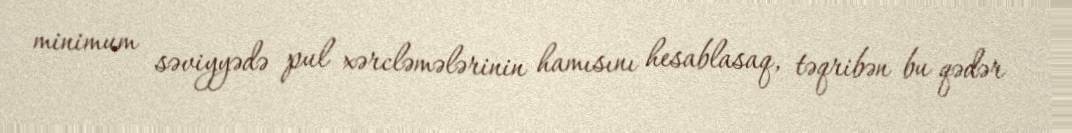
minimum səviyyədə pul xərcləmələrinin hamısını hesablasaq, təqribən bu qədər